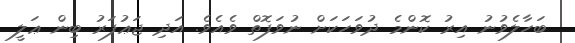
ބަހާލެވުނު އިރު ކޮންމެ ދުވަހަކަށް ނުވަފޮތް ވެއެވެ. އަދި ޖަޢުފަރު ބިން ޢަލީ